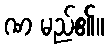
ဏ မည်၏။